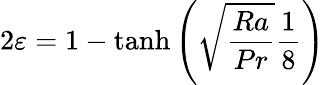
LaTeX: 2\varepsilon=1-\operatorname{tanh}\left(\sqrt{\frac{Ra}{Pr}}\frac{1}{8}\right)